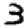
Digit: 3